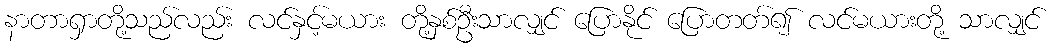
နာတာရှာတို့သည်လည်း လင်နှင့်မယား တို့နှစ်ဦးသာလျှင် ပြောနိုင် ပြောတတ်၍ လင်မယားတို့ သာလျှင်